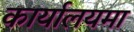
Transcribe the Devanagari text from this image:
कार्यालयमा